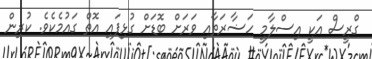
ގްރީސް އަކީ އިސްލާމީ ހަޟާރަތާއި ވަރަށް ބޮޑަށް ގުޅިފައި އޮތް ގައުމެކެވެ. ކުރިން